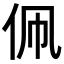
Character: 𬽳